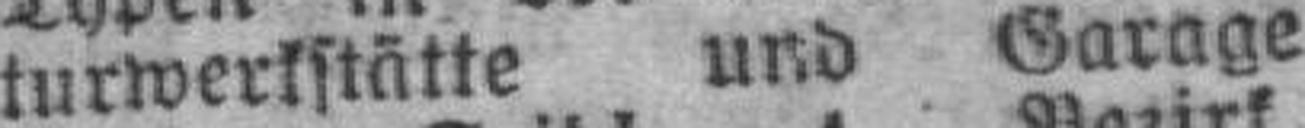
turwerkstätte und Garage